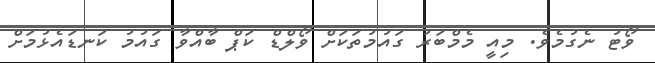
ވޯޓު ނެގުމެވެ. މިއީ މެމްބަރު ގައުމުތަކަށް ވޯލްޑް ކަޕް ބާއްވާ ގައުމު ކަނޑައެޅުމަށް